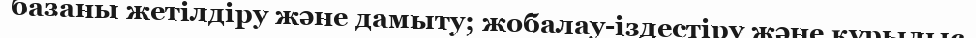
базаны жетілдіру және дамыту; жобалау-іздестіру және құрылыс